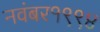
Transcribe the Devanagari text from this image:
नवंबर१९९४